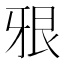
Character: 㸧